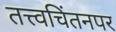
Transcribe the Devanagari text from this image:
तत्त्वचिंतनपर